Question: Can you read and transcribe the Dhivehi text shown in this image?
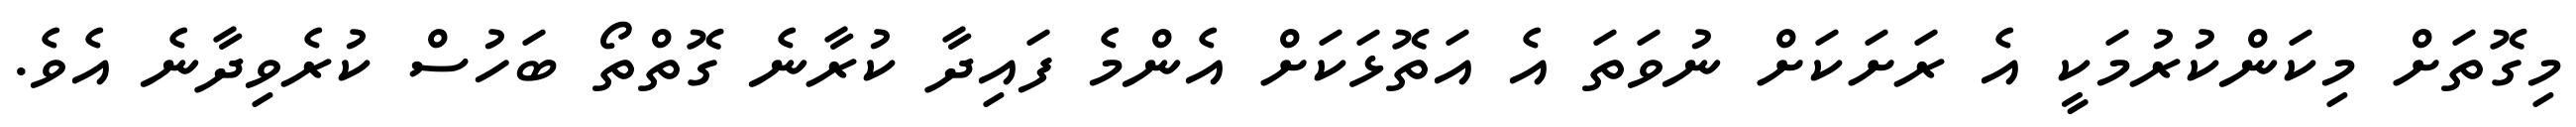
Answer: މިގޮތަށް މިކަންކުރުމަކީ އެ ރަށަކަށް ނުވަތަ އެ އަތޮޅަކަށް އެންމެ ފައިދާ ކުރާނެ ގޮތްތޯ ބަހުސް ކުރެވިދާނެ އެވެ.